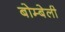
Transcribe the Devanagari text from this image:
बोम्बेली